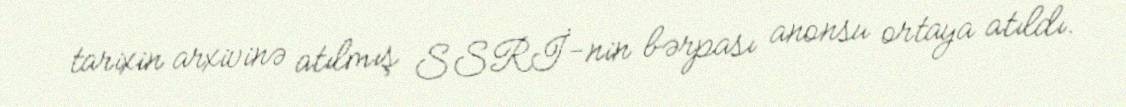
tarixin arxivinə atılmış SSRİ-nin bərpası anonsu ortaya atıldı.